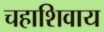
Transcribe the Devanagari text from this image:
चहाशिवाय